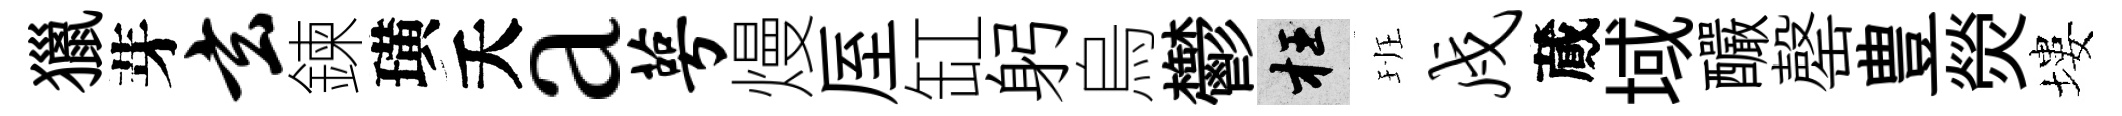
獵芽玄鍊璜夭a萼熳厔缸躬烏鬱枉班戍蕆域釅罄豊熒塿